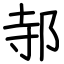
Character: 邿